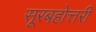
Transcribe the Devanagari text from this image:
सूरबहोत्तरी